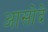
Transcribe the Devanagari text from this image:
आसोदे